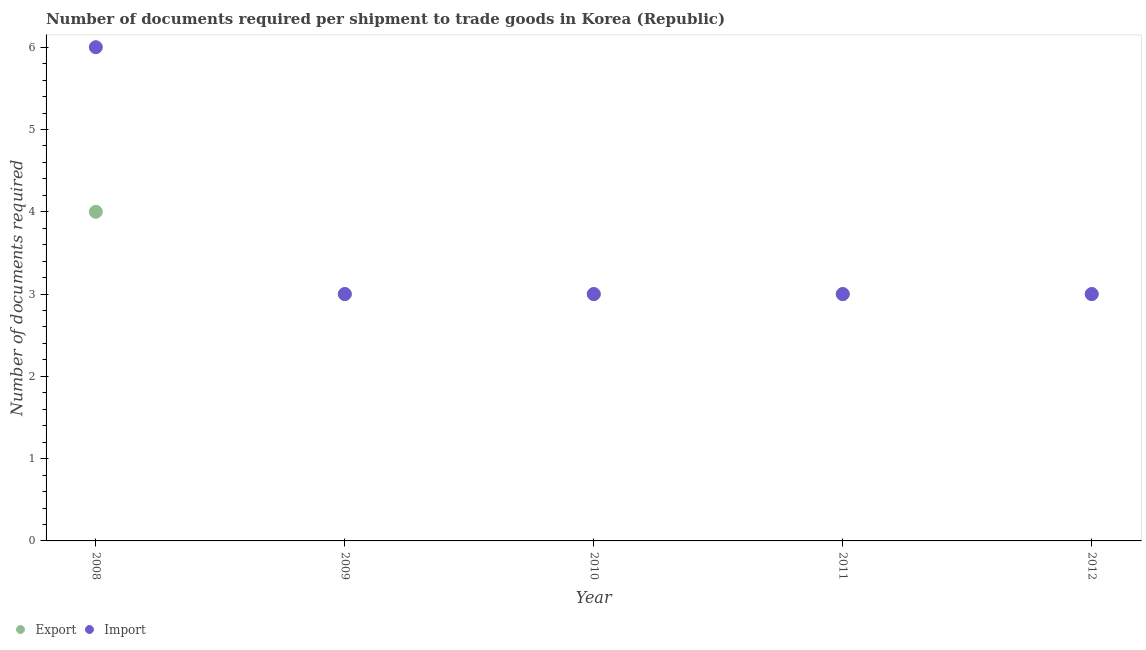
| Year | Export | Import |
 | --- | --- | --- |
 | 2008 | 4 | 6 |
 | 2009 | 3 | 3 |
 | 2010 | 3 | 3 |
 | 2011 | 3 | 3 |
 | 2012 | 3 | 3 |